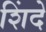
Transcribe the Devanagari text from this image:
शिंदे